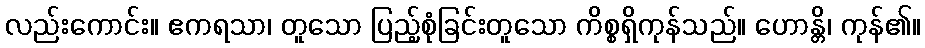
လည်းကောင်း။ ဧကရသာ၊ တူသော ပြည့်စုံခြင်းတူသော ကိစ္စရှိကုန်သည်။ ဟောန္တိ၊ ကုန်၏။